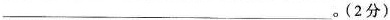
___。(2分)